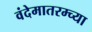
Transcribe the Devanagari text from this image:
वंदेमातरम्च्या